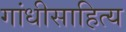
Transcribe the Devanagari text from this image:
गांधीसाहित्य